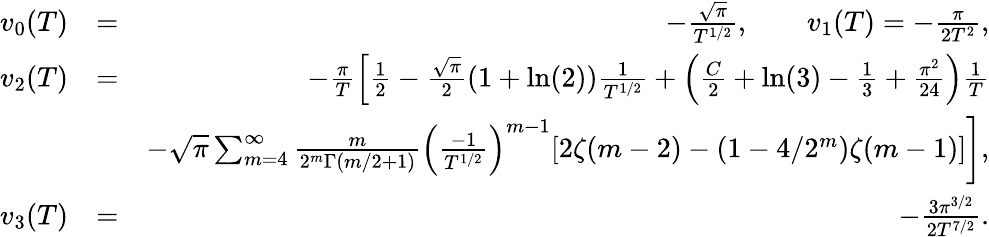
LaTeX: \begin{array}{rlr}{v_{0}(T)}&{=}&{-\frac{\sqrt{\pi}}{T^{1/2}},\qquad v_{1}(T)=-\frac{\pi}{2T^{2}},}\\ {v_{2}(T)}&{=}&{-\frac{\pi}{T}\left[\frac{1}{2}-\frac{\sqrt{\pi}}{2}(1+\ln(2))\frac{1}{T^{1/2}}+\left(\frac{C}{2}+\ln(3)-\frac{1}{3}+\frac{\pi^{2}}{24}\right)\frac{1}{T}\right.}\\ &{}&{\left.-\sqrt{\pi}\sum_{m=4}^{\infty}\frac{m}{2^{m}\Gamma(m/2+1)}\left(\frac{-1}{T^{1/2}}\right)^{m-1}[2\zeta(m-2)-(1-4/2^{m})\zeta(m-1)]\right],}\\ {v_{3}(T)}&{=}&{-\frac{3\pi^{3/2}}{2T^{7/2}}.}\end{array}